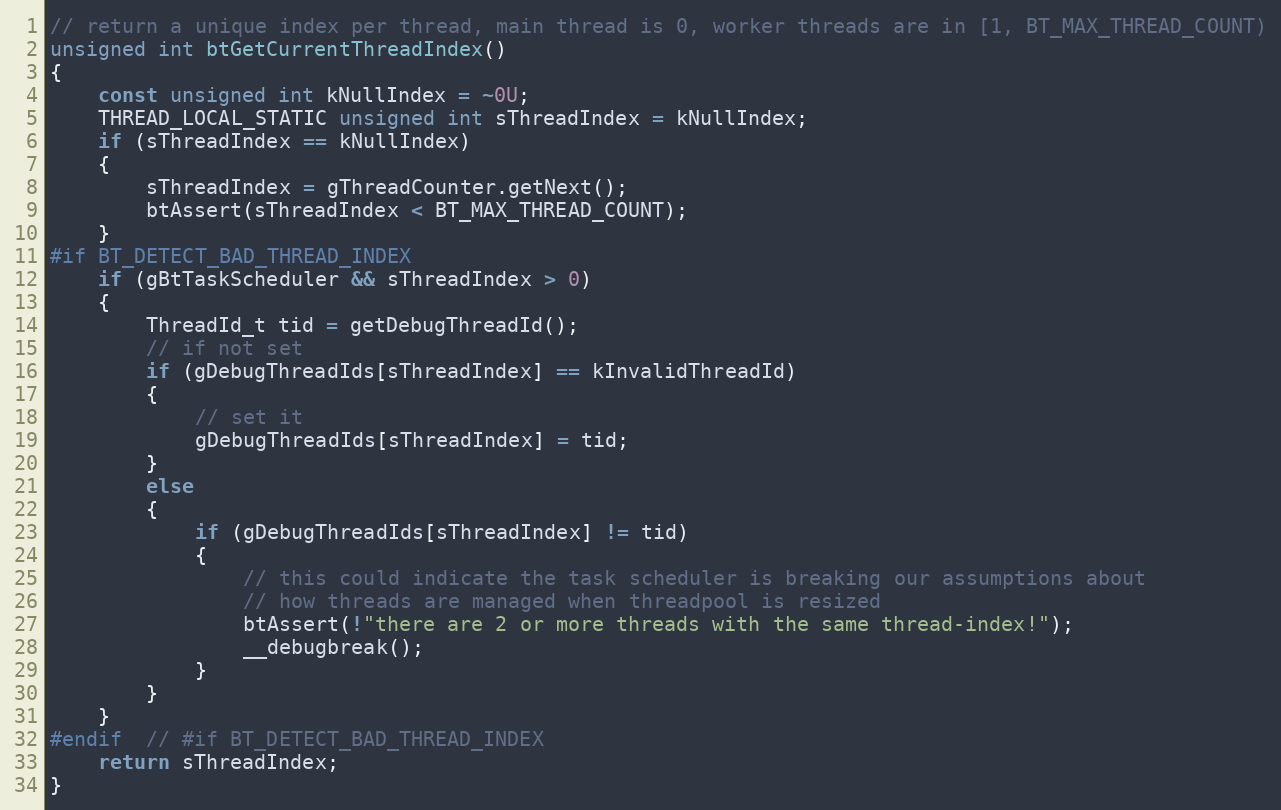
Language: C++
// return a unique index per thread, main thread is 0, worker threads are in [1, BT_MAX_THREAD_COUNT)
unsigned int btGetCurrentThreadIndex()
{
	const unsigned int kNullIndex = ~0U;
	THREAD_LOCAL_STATIC unsigned int sThreadIndex = kNullIndex;
	if (sThreadIndex == kNullIndex)
	{
		sThreadIndex = gThreadCounter.getNext();
		btAssert(sThreadIndex < BT_MAX_THREAD_COUNT);
	}
#if BT_DETECT_BAD_THREAD_INDEX
	if (gBtTaskScheduler && sThreadIndex > 0)
	{
		ThreadId_t tid = getDebugThreadId();
		// if not set
		if (gDebugThreadIds[sThreadIndex] == kInvalidThreadId)
		{
			// set it
			gDebugThreadIds[sThreadIndex] = tid;
		}
		else
		{
			if (gDebugThreadIds[sThreadIndex] != tid)
			{
				// this could indicate the task scheduler is breaking our assumptions about
				// how threads are managed when threadpool is resized
				btAssert(!"there are 2 or more threads with the same thread-index!");
				__debugbreak();
			}
		}
	}
#endif  // #if BT_DETECT_BAD_THREAD_INDEX
	return sThreadIndex;
}